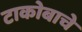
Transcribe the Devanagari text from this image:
टाकोबाचे